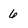
Character: 6